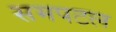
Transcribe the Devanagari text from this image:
समपटल